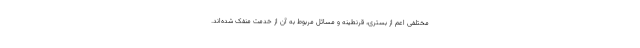
مختلفی اعم از بستری، قرنطینه و مسائل مربوط به آن از خدمت منفک شده‌اند.